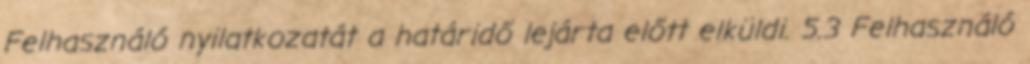
Felhasználó nyilatkozatát a határidő lejárta előtt elküldi. 5.3 Felhasználó